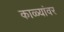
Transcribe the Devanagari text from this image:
काळ्यांवर